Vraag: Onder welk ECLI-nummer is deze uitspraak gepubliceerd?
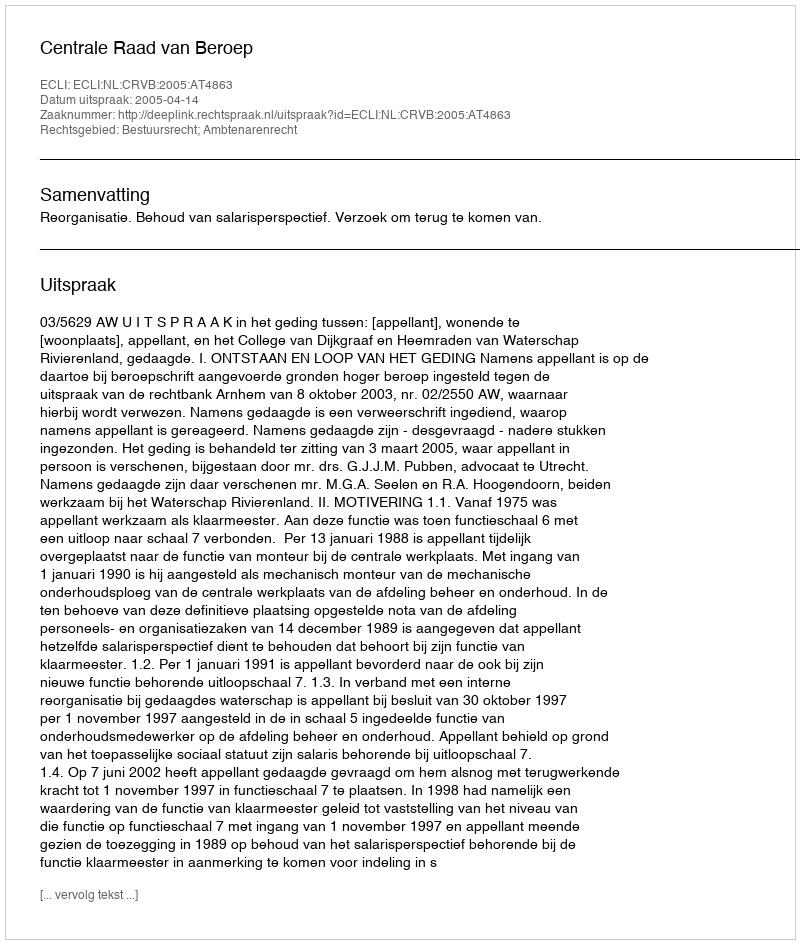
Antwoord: ECLI:NL:CRVB:2005:AT4863